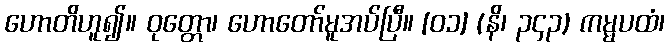
ဟောတိဟူ၍။ ဝုတ္တော၊ ဟောတော်မူအပ်ပြီ။ [၀၁] (နိ၊ ၃၄၃) ကမ္မပထံ၊